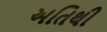
અતિથી